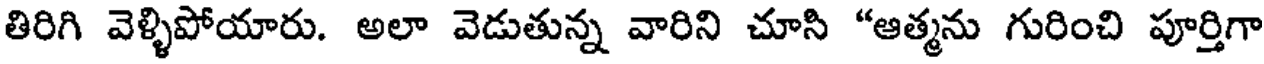
తిరిగి వెళ్ళిపోయారు. అలా వెడుతున్న వారిని చూసి "ఆత్మను గురించి పూర్తిగా